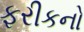
ફરીકનો